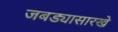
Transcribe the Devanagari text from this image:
जबड्यासारखे